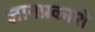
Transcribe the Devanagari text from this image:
ज्ञानप्रकाशे